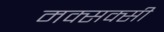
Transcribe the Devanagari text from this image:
मक्सक्सी